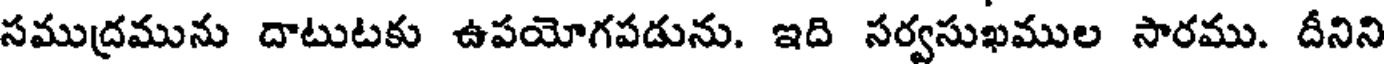
సముద్రమును దాటుటకు ఉపయోగపడును. ఇది సర్వసుఖముల సారము. దీనిని